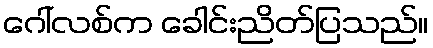
ဂေါ်လစ်က ခေါင်းညိတ်ပြသည်။